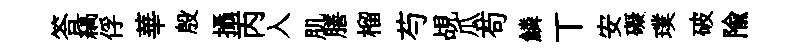
答縞俘華殷攝丙入肌膳榴芍覘瓜苟鱗丅安礙璞破隃